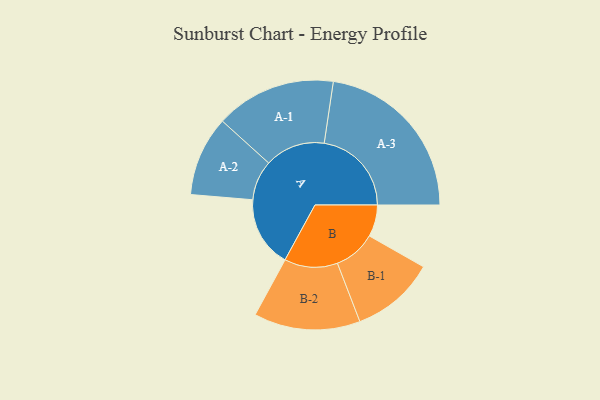
{"axis": {"x": "Segment", "y": "Value"}, "legend": ["", "A", "B"], "data": [{"x": "A", "y": 241, "type": ""}, {"x": "B", "y": 108, "type": ""}, {"x": "A-1", "y": 205, "type": "A"}, {"x": "A-2", "y": 136, "type": "A"}, {"x": "A-3", "y": 297, "type": "A"}, {"x": "B-1", "y": 143, "type": "B"}, {"x": "B-2", "y": 181, "type": "B"}]}